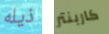
ذيله كاربنتر